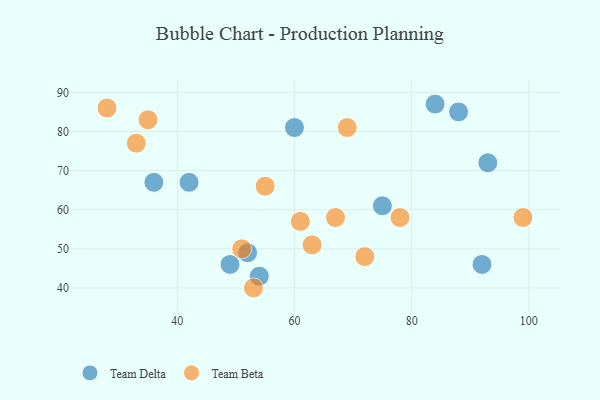
{"axis": {"x": "GDP", "y": "Life Expectancy"}, "legend": ["Team Beta", "Team Delta"], "data": [{"x": "75", "y": 61, "type": "Team Delta"}, {"x": "54", "y": 43, "type": "Team Delta"}, {"x": "88", "y": 85, "type": "Team Delta"}, {"x": "60", "y": 81, "type": "Team Delta"}, {"x": "92", "y": 46, "type": "Team Delta"}, {"x": "93", "y": 72, "type": "Team Delta"}, {"x": "84", "y": 87, "type": "Team Delta"}, {"x": "42", "y": 67, "type": "Team Delta"}, {"x": "36", "y": 67, "type": "Team Delta"}, {"x": "49", "y": 46, "type": "Team Delta"}, {"x": "52", "y": 49, "type": "Team Delta"}, {"x": "53", "y": 40, "type": "Team Beta"}, {"x": "69", "y": 81, "type": "Team Beta"}, {"x": "63", "y": 51, "type": "Team Beta"}, {"x": "35", "y": 83, "type": "Team Beta"}, {"x": "78", "y": 58, "type": "Team Beta"}, {"x": "61", "y": 57, "type": "Team Beta"}, {"x": "51", "y": 50, "type": "Team Beta"}, {"x": "55", "y": 66, "type": "Team Beta"}, {"x": "33", "y": 77, "type": "Team Beta"}, {"x": "72", "y": 48, "type": "Team Beta"}, {"x": "28", "y": 86, "type": "Team Beta"}, {"x": "67", "y": 58, "type": "Team Beta"}, {"x": "99", "y": 58, "type": "Team Beta"}]}